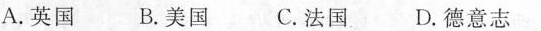
A.英国 B.美国 C.法国D.德意志